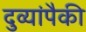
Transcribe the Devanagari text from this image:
दुव्यांपैकी